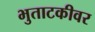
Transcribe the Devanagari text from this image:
भुताटकीवर